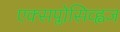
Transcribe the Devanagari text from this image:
एक्सप्लोसिव्ह्वज